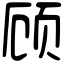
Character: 顾